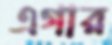
এগার